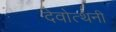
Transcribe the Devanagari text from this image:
देवोत्थनी